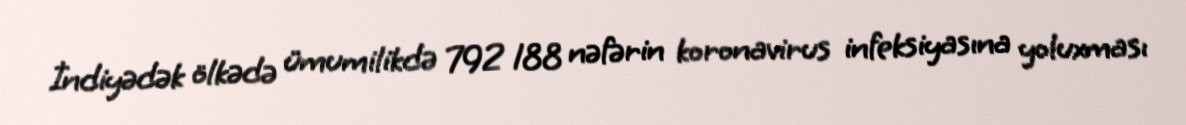
İndiyədək ölkədə ümumilikdə 792 188 nəfərin koronavirus infeksiyasına yoluxması